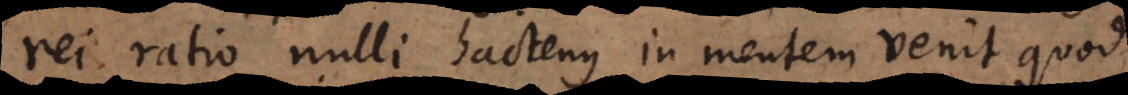
rei ratio nulli hactenus in mentem venit quod